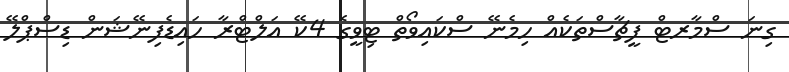
ގިނަ ސްމާރޓް ފީޗާސްތަކެއް ހިމެނޭ ސްކައިވޯތް ޓިވީގެ 4ކޭ އަލްޓްރާ ހައިޑެފިނޭޝަން ޑިސްޕްލޭ